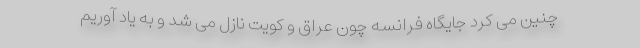
چنین می کرد جایگاه فرانسه چون عراق و کویت نازل می شد و به یاد آوریم